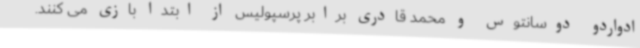
ادواردو دوسانتوس و محمد قادری برابر پرسپولیس از ابتدا بازی می کنند.